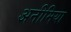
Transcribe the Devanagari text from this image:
अनीमिया